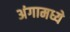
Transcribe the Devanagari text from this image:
अंगामध्ये